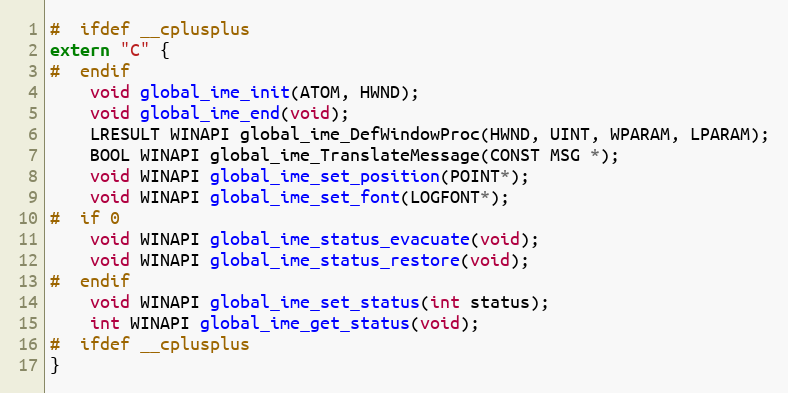
Language: C
#  ifdef __cplusplus
extern "C" {
#  endif
    void global_ime_init(ATOM, HWND);
    void global_ime_end(void);
    LRESULT WINAPI global_ime_DefWindowProc(HWND, UINT, WPARAM, LPARAM);
    BOOL WINAPI global_ime_TranslateMessage(CONST MSG *);
    void WINAPI global_ime_set_position(POINT*);
    void WINAPI global_ime_set_font(LOGFONT*);
#  if 0
    void WINAPI global_ime_status_evacuate(void);
    void WINAPI global_ime_status_restore(void);
#  endif
    void WINAPI global_ime_set_status(int status);
    int WINAPI global_ime_get_status(void);
#  ifdef __cplusplus
}